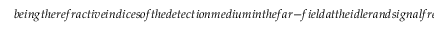
b e i n g t h e r e f r a c t i v e i n d i c e s o f t h e d e t e c t i o n m e d i u m i n t h e f a r - f i e l d a t t h e i d l e r a n d s i g n a l f r e q u e n c i e s ( h e r e w e c o n s i d e r i t t o b e f r e e s p a c e